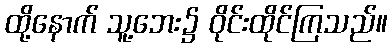
ထို့နောက် သူ့ဘေး၌ ဝိုင်းထိုင်ကြသည်။